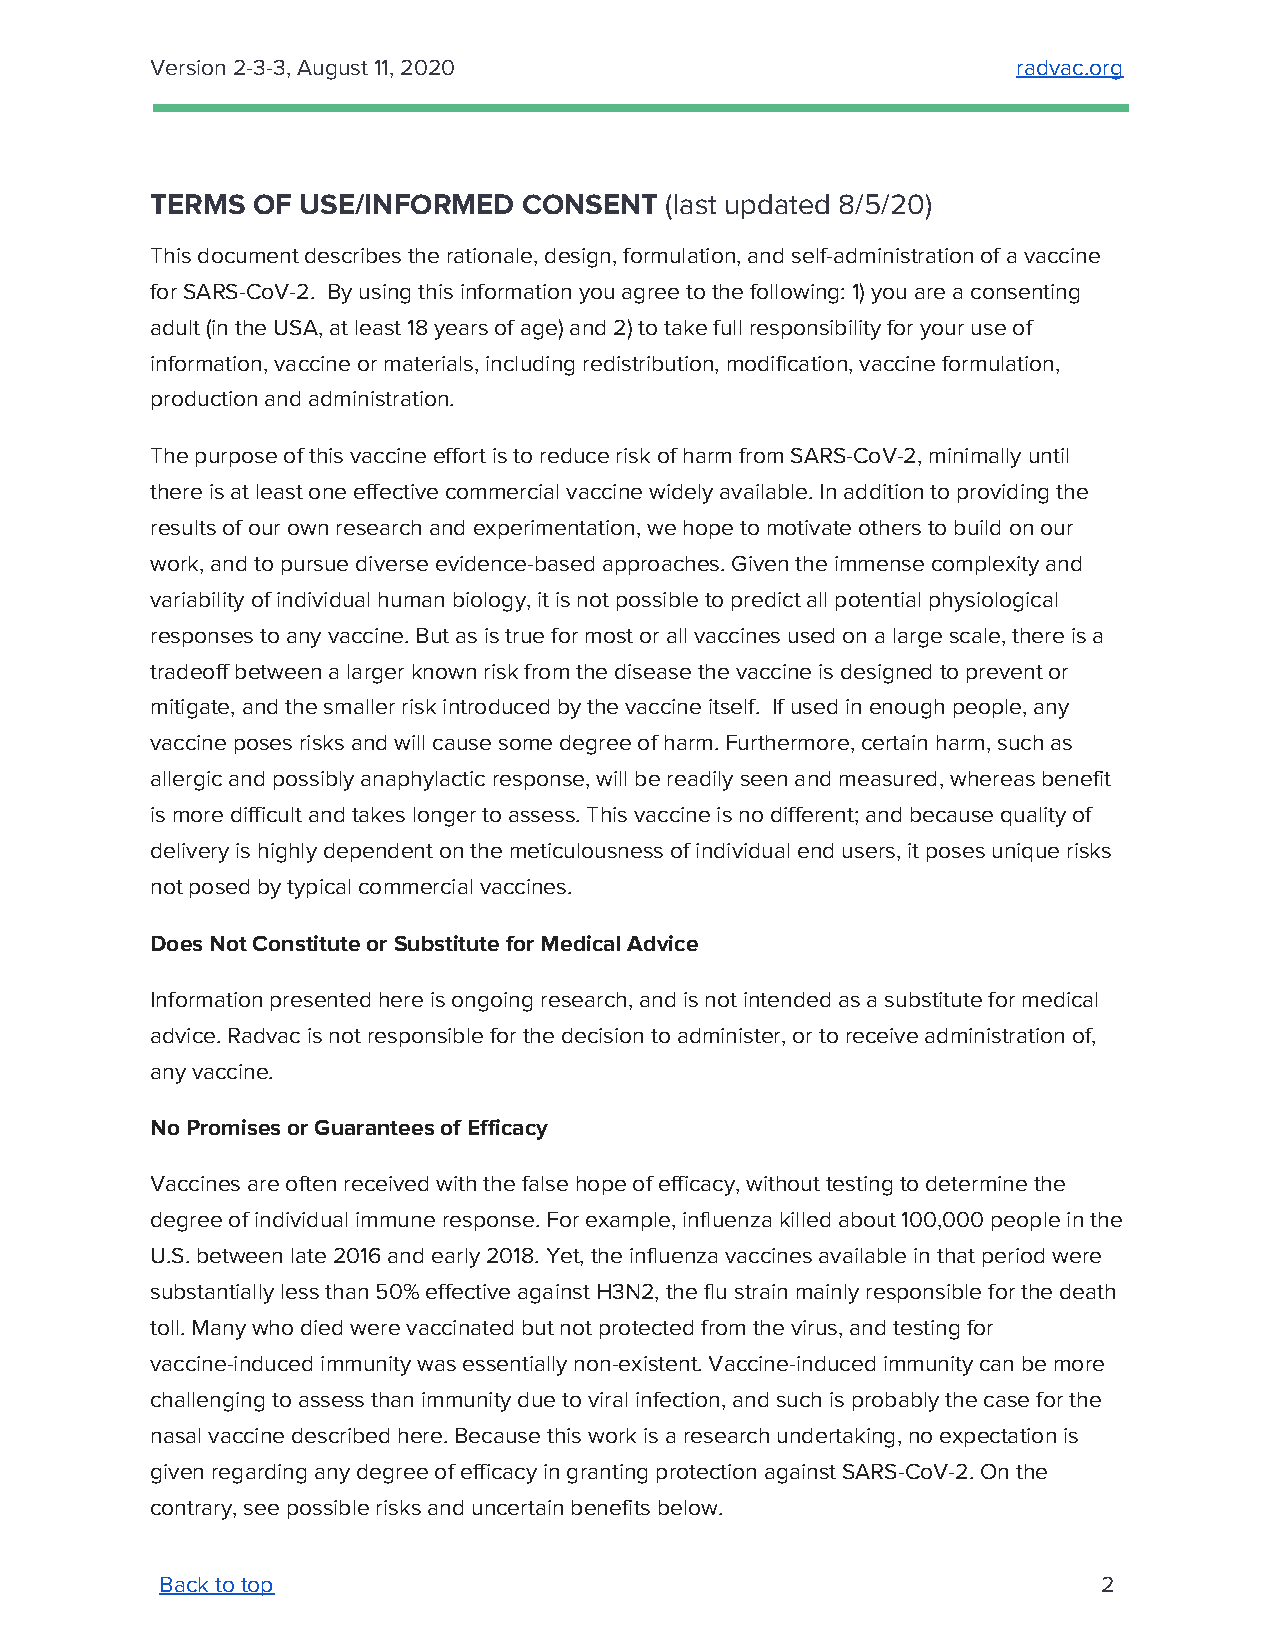
Version 2-3-3, August 11, 2020                           radvac.org
 ​
 TERMS  OF USE/INFORMED   CONSENT  (last updated 8/5/20)
 ​
 This document describes the rationale, design, formulation, and self-administration of a vaccine
 for SARS-CoV-2. By using this information you agree to the following: 1) you are a consenting
 adult (in the USA, at least 18 years of age) and 2) to take full responsibility for your use of
 information, vaccine or materials, including redistribution, modification, vaccine formulation,
 production and administration.
 The purpose of this vaccine effort is to reduce risk of harm from SARS-CoV-2, minimally until
 there is at least one effective commercial vaccine widely available. In addition to providing the
 results of our own research and experimentation, we hope to motivate others to build on our
 work, and to pursue diverse evidence-based approaches. Given the immense complexity and
 variability of individual human biology, it is not possible to predict all potential physiological
 responses to any vaccine. But as is true for most or all vaccines used on a large scale, there is a
 tradeoff between a larger known risk from the disease the vaccine is designed to prevent or
 mitigate, and the smaller risk introduced by the vaccine itself. If used in enough people, any
 vaccine poses risks and will cause some degree of harm. Furthermore, certain harm, such as
 allergic and possibly anaphylactic response, will be readily seen and measured, whereas benefit
 is more difficult and takes longer to assess. This vaccine is no different; and because quality of
 delivery is highly dependent on the meticulousness of individual end users, it poses unique risks
 not posed by typical commercial vaccines.
 Does Not Constitute or Substitute for Medical Advice
 Information presented here is ongoing research, and is not intended as a substitute for medical
 advice. Radvac is not responsible for the decision to administer, or to receive administration of,
 any vaccine.
 No Promises or Guarantees of Efficacy
 Vaccines are often received with the false hope of efficacy, without testing to determine the
 degree of individual immune response. For example, influenza killed about 100,000 people in the
 U.S. between late 2016 and early 2018. Yet, the influenza vaccines available in that period were
 substantially less than 50% effective against H3N2, the flu strain mainly responsible for the death
 toll. Many who died were vaccinated but not protected from the virus, and testing for
 vaccine-induced immunity was essentially non-existent. Vaccine-induced immunity can be more
 challenging to assess than immunity due to viral infection, and such is probably the case for the
 nasal vaccine described here. Because this work is a research undertaking, no expectation is
 given regarding any degree of efficacy in granting protection against SARS-CoV-2. On the
 contrary, see possible risks and uncertain benefits below.
 Back to top                                                   2